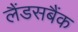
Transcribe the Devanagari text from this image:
लैंडसबैंक